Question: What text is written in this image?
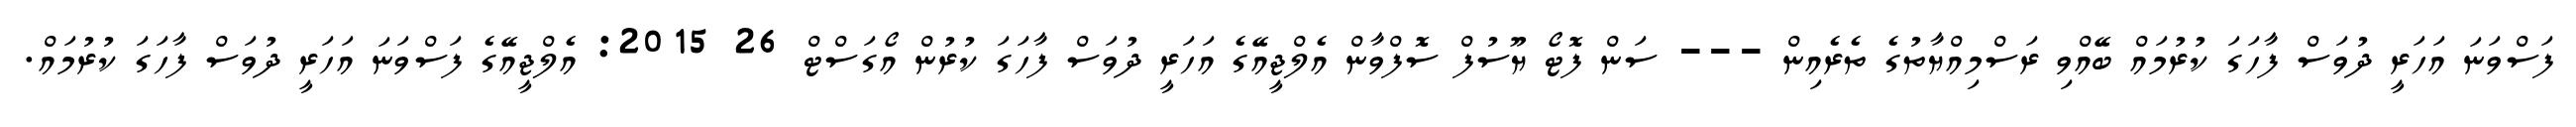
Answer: ފަސްވަނަ އަހަރީ ދުވަސް ފާހަގަ ކުރުމައް ބޭއްވި ރަސްމިއްޔާތުގެ ތެރެއިން --- ސަން ފޮޓޯ ޔޫސުފް ސޮފްވާން އެލްޖީއޭގެ އަހަރީ ދުވަސް ފާހަގަ ކުރުން އޯގަސްޓް 26 2015: އެލްޖީއޭގެ ފަސްވަނަ އަހަރީ ދުވަސް ފާހަގަ ކުރުމައް.